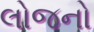
લોજનો